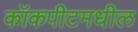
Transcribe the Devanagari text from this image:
कॉकपीटमधील